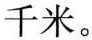
千米。